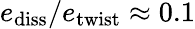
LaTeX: e_{\mathrm{diss}}/e_{\mathrm{twist}}\approx 0.1